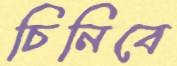
চিনিবে